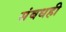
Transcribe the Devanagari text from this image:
संबधही